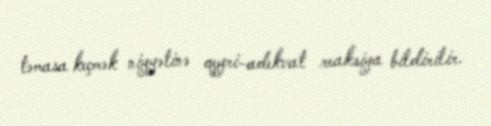
təmasa keçmək niyyətinə qeyri-adekvat reaksiya bildirilir.